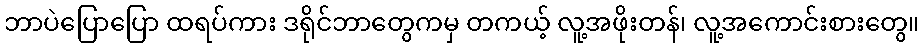
ဘာပဲပြောပြော ထရပ်ကား ဒရိုင်ဘာတွေကမှ တကယ့် လူ့အဖိုးတန်၊ လူ့အကောင်းစားတွေ။